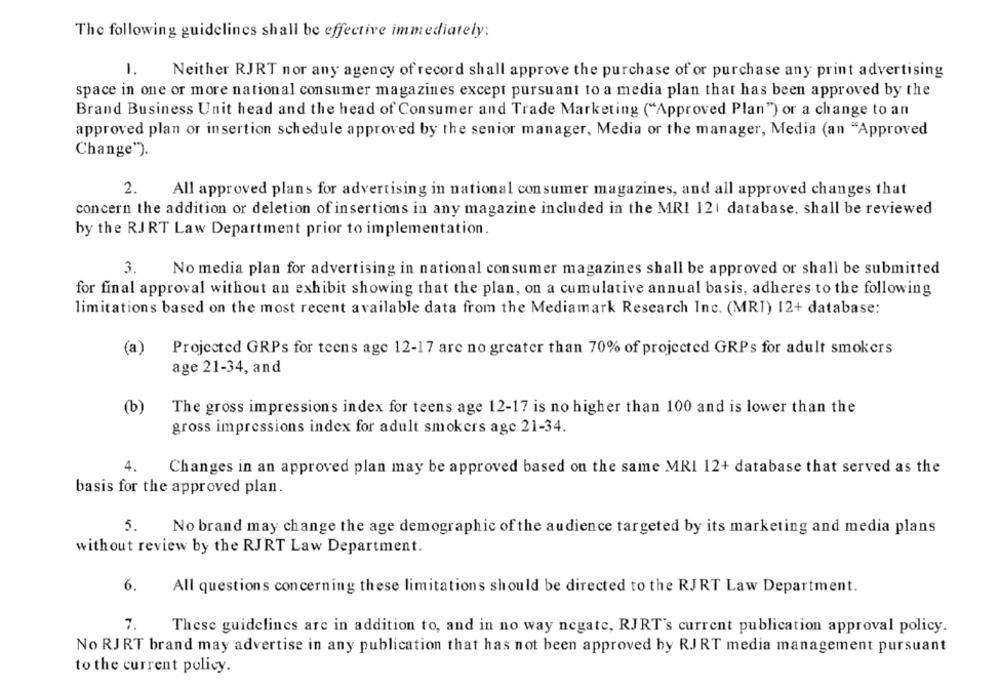
The following guidelines shall be effective immediately:
1.
Neither RJRT nor any agency of record shall approve the purchase of or purchase any print advertising
space in one or more national consumer magazines except pursuant to a media plan that has been approved by the
Brand Business Unit head and the head of Consumer and Trade Marketing ("Approved Plan") or a change to an
approved plan or insertion schedule approved by the senior manager, Media or the manager, Media (an "Approved
Change").
2.
All approved plans for advertising in national consumer magazines, and all approved changes that
concern the addition or deletion of insertions in any magazine included in the MRI 121 database, shall be reviewed
by the RJRT Law Department prior to implementation.
3.
No media plan for advertising in national consumer magazines shall be approved or shall be submitted
for final approval without an exhibit showing that the plan, on a cumulative annual basis, adheres to the following
limitations based on the most recent available data from the Mediamark Research Inc. (MRT) 12+ database:
(a)
Projected GRPs for teens age 12-17 are no greater than 70% of projected GRPs for adult smokers
age 21-34, and
(b)
The gross impressions index for teens age 12-17 is no higher than 100 and is lower than the
gross impressions index for adult smokers age 21-34.
4.
Changes in an approved plan may be approved based on the same MRI 12+ database that served as the
basis for the approved plan.
5.
No brand may change the age demographic of the audience targeted by its marketing and media plans
without review by the RJRT Law Department.
6.
All questions concerning these limitations should be directed to the RJRT Law Department.
7.
These guidelines are in addition to, and in no way negate, RJRT's current publication approval policy.
No RJ RT brand may advertise in any publication that has not been approved by RJRT media management pursuant
to the current policy.